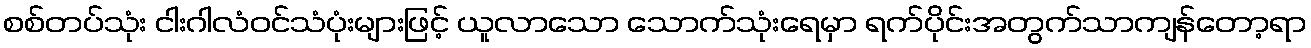
စစ်တပ်သုံး ငါးဂါလံဝင်သံပုံးများဖြင့် ယူလာသော သောက်သုံးရေမှာ ရက်ပိုင်းအတွက်သာကျန်တော့ရာ